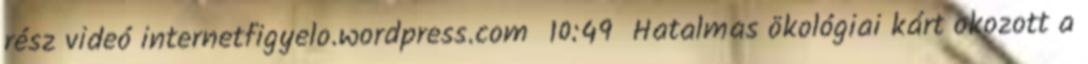
rész videó internetfigyelo.wordpress.com 10:49 Hatalmas ökológiai kárt okozott a